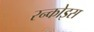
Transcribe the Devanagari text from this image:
रन्कोइस